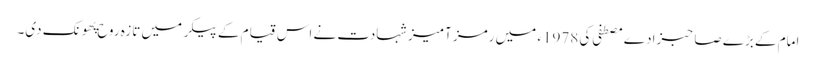
امام کے بڑے صاحبزادے مصطفی کی 1978ء میں رمز آمیز شہادت نے اس قیام کے پیکر میں تازہ روح پهونک دی۔